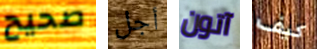
صحيح أجل آتون كيف